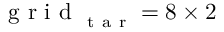
\mathrm { ~ g ~ r ~ i ~ d ~ } _ { \mathrm { ~ t ~ a ~ r ~ } } = 8 \times 2